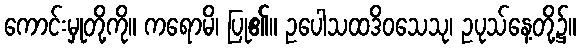
ကောင်းမှုတို့ကို။ ကရောမိ၊ ပြု၏။ ဥပေါသထဒိဝသေသု၊ ဥပုသ်နေ့တို့၌။